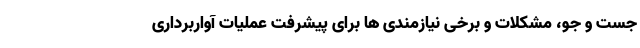
جست و جو، مشکلات و برخی نیازمندی ها برای پیشرفت عملیات آواربرداری